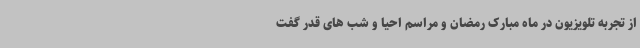
از تجربه تلویزیون در ماه مبارک رمضان و مراسم احیا و شب های قدر گفت